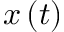
x \left( t \right)